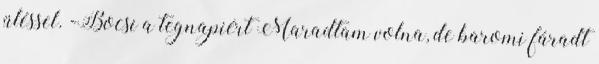
üléssel. -Bocsi a tegnapiért Maradtam volna, de baromi fáradt